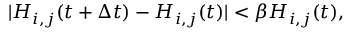
| H _ { i , j } ( t + \Delta t ) - H _ { i , j } ( t ) | < \beta H _ { i , j } ( t ) ,